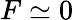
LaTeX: F\simeq 0